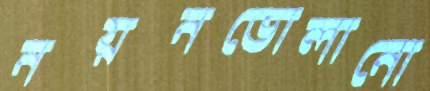
নয়নভোলানো